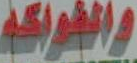
والفواكه